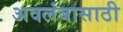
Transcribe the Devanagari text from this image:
अवलंबासाठी